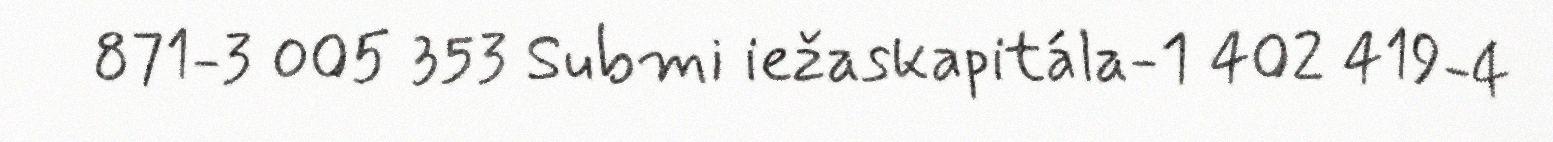
871-3 005 353 Submi iežaskapitála-1 402 419-4